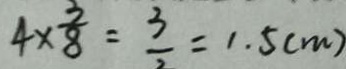
4 \times \frac { 3 } { 8 } = \frac { 3 } { 2 } = 1 . 5 ( m )